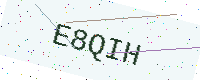
Text: E8QIH